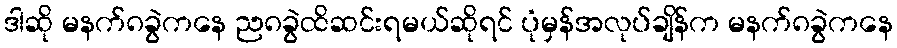
ဒါဆို မနက်၈ခွဲကနေ ည၈ခွဲထိဆင်းရမယ်ဆိုရင် ပုံမှန်အလုပ်ချိန်က မနက်၈ခွဲကနေ